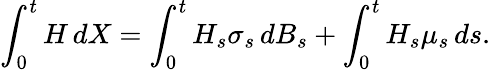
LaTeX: \int_{0}^{t}H\, dX=\int_{0}^{t}H_{s}\sigma_{s}\, dB_{s}+\int_{0}^{t}H_{s}\mu_{s}\, ds.